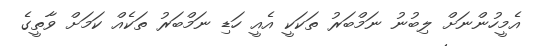
އެމީހުންނަށް ލިބުނު ނަމްބަރު ތަަކަކީ އެއީ ހަޑި ނަމްބަރު ތަކެއް ކަމަށް ވާތީގެ